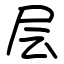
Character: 层